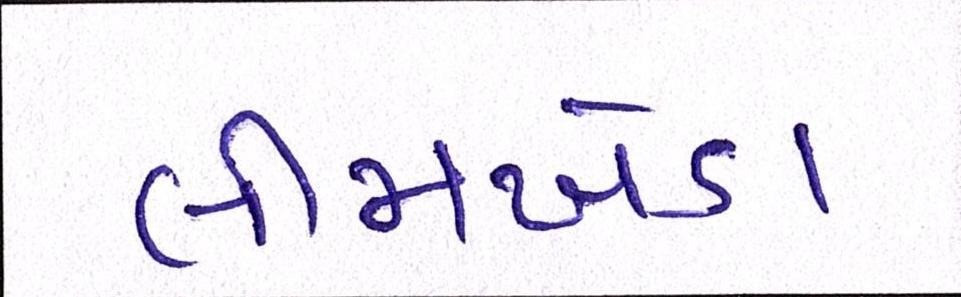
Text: લીમખેડા